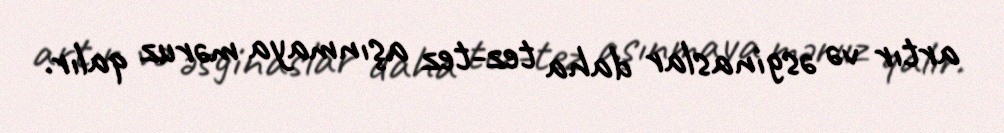
artır və əsginaslar daha tez-tez aşınmaya məruz qalır.